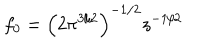
f _ { 0 } = \left( 2 { \pi } ^ { 3 / 2 } \right) ^ { - 1 / 2 } z ^ { - 1 / 2 }